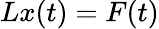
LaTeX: Lx(t)=F(t)